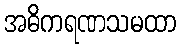
အဓိကရဏသမထာ